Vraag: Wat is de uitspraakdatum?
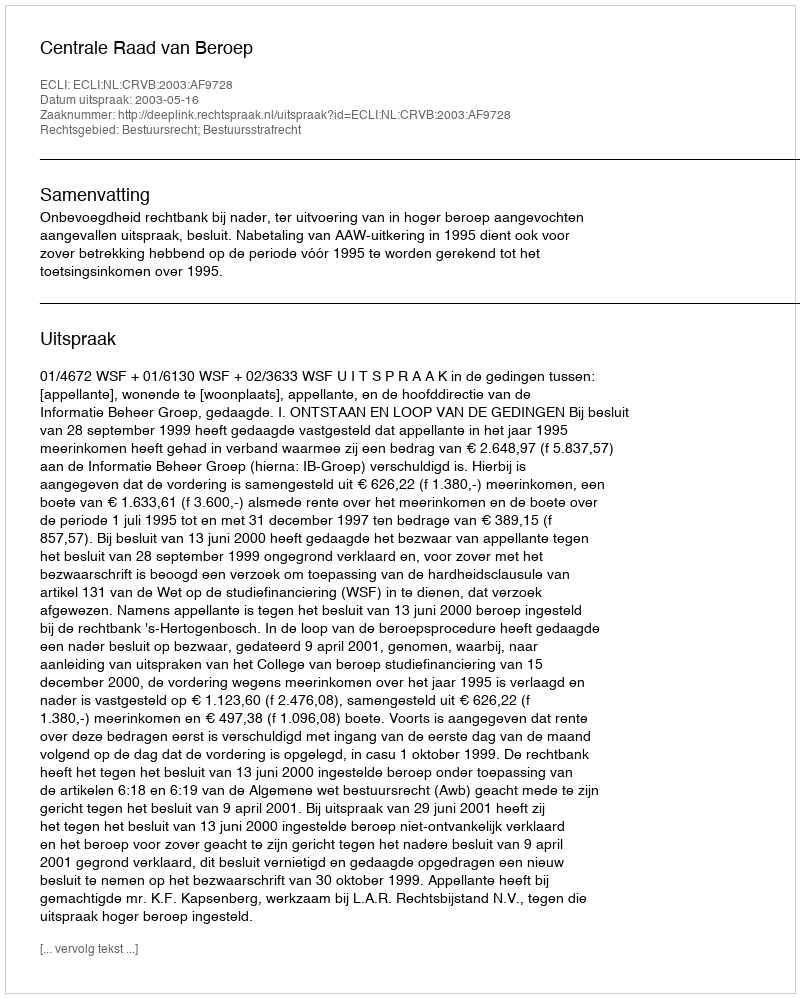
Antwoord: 2003-05-16